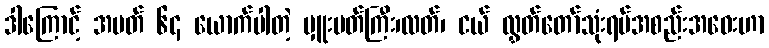
ဒါကြောင့် အမတ် ၆၄ ယောက်ပါတဲ့ မှူးမတ်ကြီး၊လတ်၊ ငယ် လွှတ်တော်သုံးရပ်အစည်းအဝေးဟာ